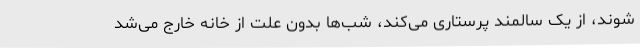
شوند، از یک سالمند پرستاری می‌کند، شب‌ها بدون علت از خانه خارج می‌شد